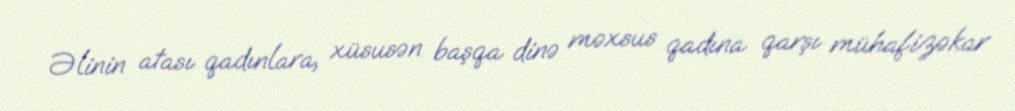
Əlinin atası qadınlara, xüsusən başqa dinə məxsus qadına qarşı mühafizəkar